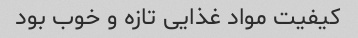
کیفیت مواد غذایی تازه و خوب بود